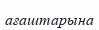
ағаштарына